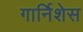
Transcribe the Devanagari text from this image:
गार्निशेस